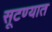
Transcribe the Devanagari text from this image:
सूटण्यात